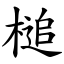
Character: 槌